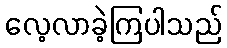
လေ့လာခဲ့ကြပါသည်